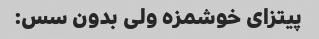
پیتزای خوشمزه ولی بدون سس: